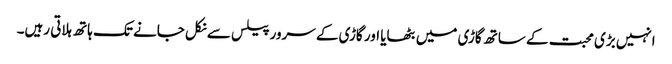
انہیں بڑی محبت کے ساتھ گاڑی میں بٹھایا اور گاڑی کے سرور پیلس سے نکل جانے تک ہاتھ ہلاتی رہیں۔